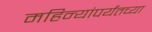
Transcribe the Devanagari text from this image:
महिन्यांपर्यंतच्या